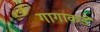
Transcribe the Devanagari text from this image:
गागाकडे